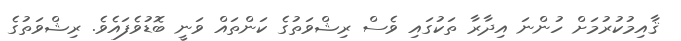
ޤާއިމުކުރުމަށް ހުންނަ އިދާރާ ތަކުގައި ވެސް ރިޝްވަތުގެ ކަންތައް ވަނީ ބޮޑުވެފައެވެ. ރިޝްވަތުގެ